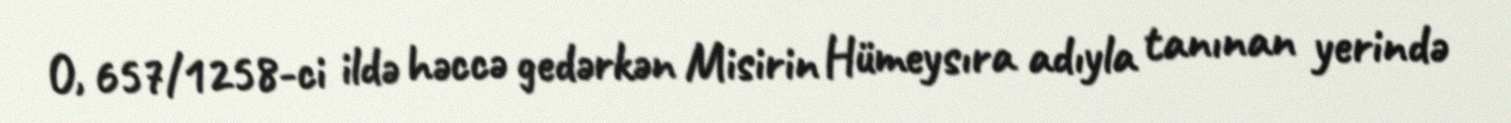
O, 657/1258-ci ildə həccə gedərkən Misirin Hümeysıra adıyla tanınan yerində